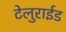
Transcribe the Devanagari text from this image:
टेलुराईड